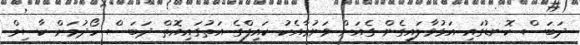
ދަބަސް ކޮނޑުގައި އަޅުވާލައިގެން ގެއަށް ވަނުމާއެކު ކައިފްގެ އަތުގައިއޮތް ދަބަސް ހޯދުމަށް ކާސިމް